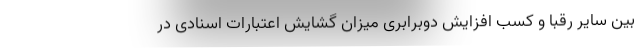
بین سایر رقبا و کسب افزایش دوبرابری میزان گشایش اعتبارات اسنادی در